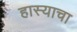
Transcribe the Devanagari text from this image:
हास्याचा